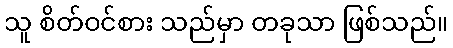
သူ စိတ်ဝင်စား သည်မှာ တခုသာ ဖြစ်သည်။